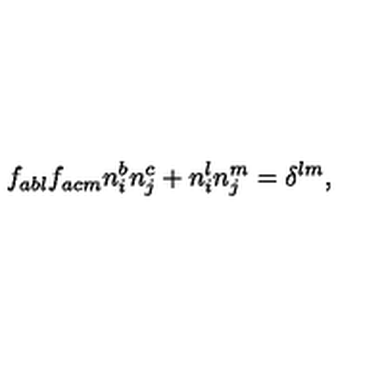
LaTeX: f _ { a b l } f _ { a c m } n _ { i } ^ { b } n _ { j } ^ { c } + n _ { i } ^ { l } n _ { j } ^ { m } = \delta ^ { l m } ,